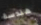
هندسة